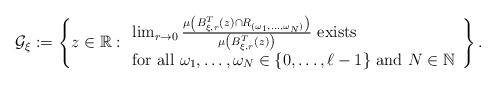
\begin{align*}\mathcal{G} _\xi := \left\{ z \in \mathbb{R} : \begin{array}{l} \lim _{r \rightarrow 0} \frac{\mu \left( B ^T _{\xi, r} (z) \cap R _{(\omega _1 , \ldots , \omega _N )} \right)}{\mu \left( B ^T _{\xi, r} (z) \right)} \mbox{ exists } \\ \mbox{for all } \omega _1 , \ldots , \omega _N \in \{ 0 , \ldots , \ell -1 \} \mbox{ and } N \in \mathbb{N} \end {array}\right\} .\end{align*}